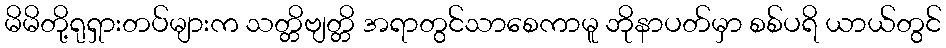
မိမိတို့ရုရှားတပ်များက သတ္တိဗျတ္တိ အရာတွင်သာစေကာမူ ဘိုနာပတ်မှာ စစ်ပရိ ယာယ်တွင်